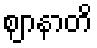
ဈာနာတိ